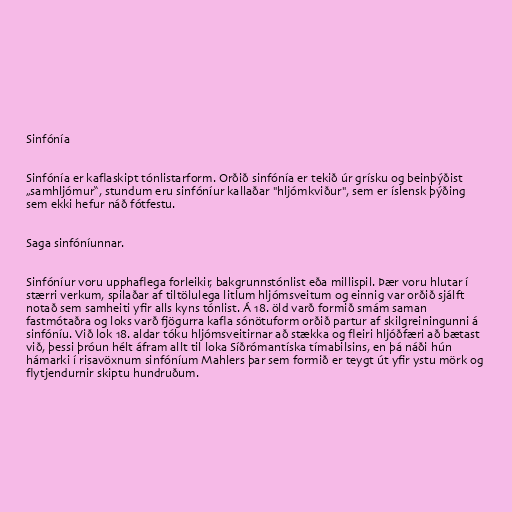
Sinfónía

Sinfónía er kaflaskipt tónlistarform. Orðið sinfónía er tekið úr grísku og beinþýðist
„samhljómur“, stundum eru sinfóníur kallaðar "hljómkviður", sem er íslensk þýðing
sem ekki hefur náð fótfestu.

Saga sinfóníunnar.

Sinfóníur voru upphaflega forleikir, bakgrunnstónlist eða millispil. Þær voru hlutar í
stærri verkum, spilaðar af tiltölulega litlum hljómsveitum og einnig var orðið sjálft
notað sem samheiti yfir alls kyns tónlist. Á 18. öld varð formið smám saman
fastmótaðra og loks varð fjögurra kafla sónötuform orðið partur af skilgreiningunni á
sinfóníu. Við lok 18. aldar tóku hljómsveitirnar að stækka og fleiri hljóðfæri að bætast
við, þessi þróun hélt áfram allt til loka Síðrómantíska tímabilsins, en þá náði hún
hámarki í risavöxnum sinfóníum Mahlers þar sem formið er teygt út yfir ystu mörk og
flytjendurnir skiptu hundruðum.